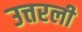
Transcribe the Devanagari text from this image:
उत्तरली